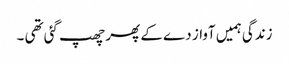
زندگی ہمیں آواز دے کے پھر چھپ گئی تھی ۔